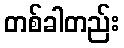
တစ်ခါတည်း